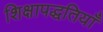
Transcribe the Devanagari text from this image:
शिक्षापद्धतियाँ